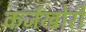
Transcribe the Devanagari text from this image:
कर्जखोरी